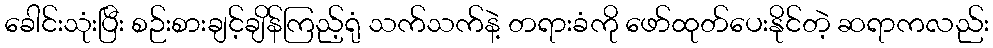
ခေါင်းသုံးပြီး စဉ်းစားချင့်ချိန်ကြည့်ရုံ သက်သက်နဲ့ တရားခံကို ဖော်ထုတ်ပေးနိုင်တဲ့ ဆရာကလည်း